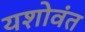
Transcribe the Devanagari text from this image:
यशोवंत